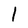
Character: l